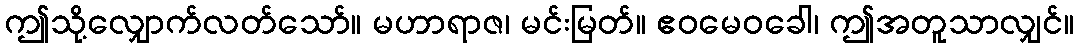
ဤသို့လျှောက်လတ်သော်။ မဟာရာဇ၊ မင်းမြတ်။ ဧဝမေဝခေါ၊ ဤအတူသာလျှင်။